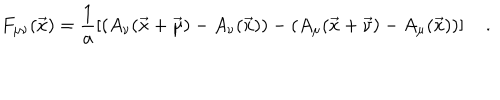
F _ { \mu \nu } ( \vec { x } ) = \frac { 1 } { a } \left[ ( A _ { \nu } ( \vec { x } + \vec { \mu } ) - A _ { \nu } ( \vec { x } ) ) - ( A _ { \mu } ( \vec { x } + \vec { \nu } ) - A _ { \mu } ( \vec { x } ) ) \right] \quad .